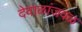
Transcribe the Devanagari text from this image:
देवाळांजवळ